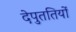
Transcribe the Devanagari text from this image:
देपुततियों